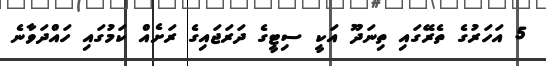
5 އަހަރުގެ ތެރޭގައި ތިނަދޫ އަކީ ސިޓީގެ ދަރަޖައިގެ ރަށެއް ކަމުގައި ހައްދަވާނެ